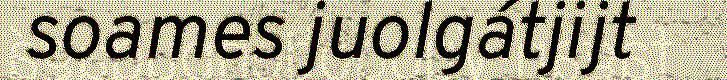
soames juolgátjijt